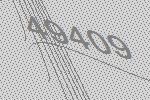
49409